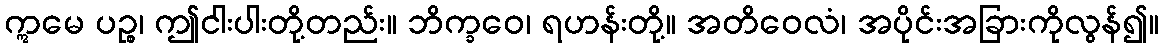
ဣမေ ပဉ္စ၊ ဤငါးပါးတို့တည်း။ ဘိက္ခဝေ၊ ရဟန်းတို့။ အတိဝေလံ၊ အပိုင်းအခြားကိုလွန်၍။